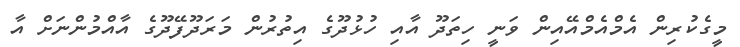
މީގެކުރިން އެމްއެމްއޭއިން ވަނީ ހިތަދޫ އާއި ހުޅުދޫގެ އިތުރުން މަރަދޫފޭދޫގެ އާއްމުންނަށް އާ